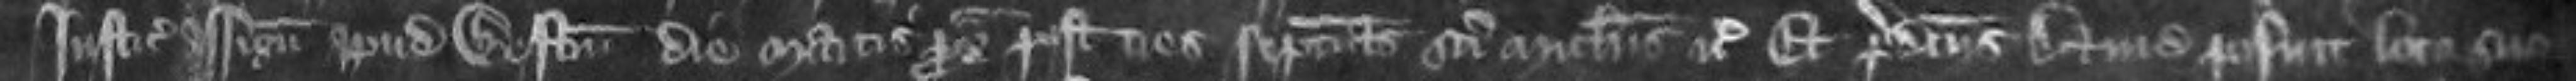
justiciariis assignatis apud Westmonasterium die Martis proximo post tres septimanas Michaelis etc Et predictus David posuit loco suo